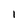
Character: l